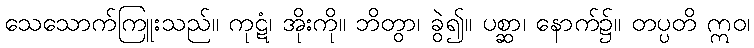
သေသောက်ကြူးသည်။ ကုဋံ၊ အိုးကို။ ဘိတွာ၊ ခွဲ၍။ ပစ္ဆာ၊ နောက်၌။ တပ္ပတိ ဣဝ၊